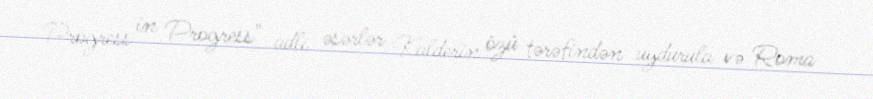
Progress in Progress" adlı əsərlər Kalderin özü tərəfindən uydurula və Roma